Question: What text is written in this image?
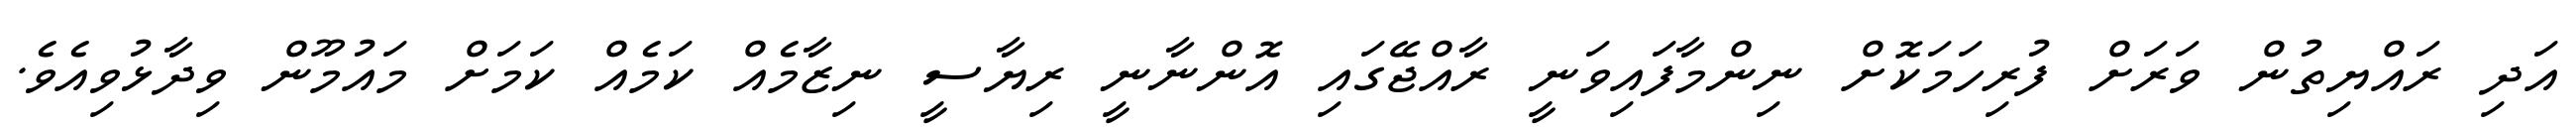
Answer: އަދި ރައްޔިތުން ވަރަށް ފުރިހަމަކޮށް ނިންމާފައިވަނީ ރާއްޖޭގައި އޮންނާނީ ރިޔާސީ ނިޒާމެއް ކަމެއް ކަމަށް މައުމޫން ވިދާޅުވިއެވެ.